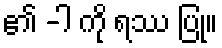
၏ -ါ ကို ရဿ ပြု။